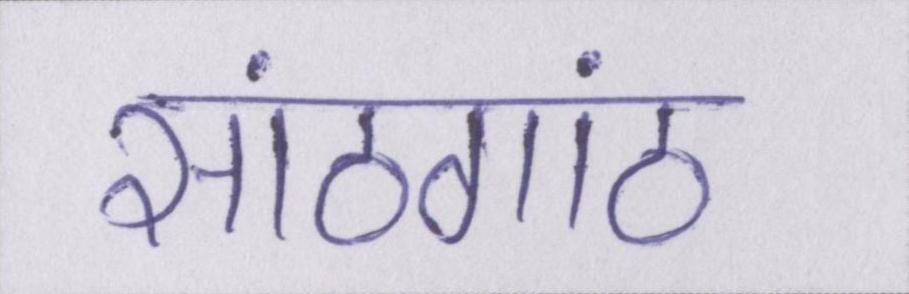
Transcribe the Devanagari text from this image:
सांठगांठ